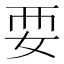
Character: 𫰗